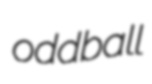
oddball